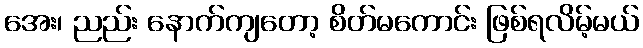
အေး၊ ညည်း နောက်ကျတော့ စိတ်မကောင်း ဖြစ်ရလိမ့်မယ်